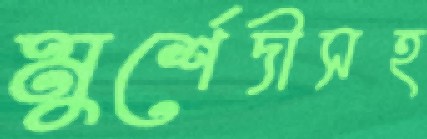
মুর্শেদীসহ